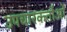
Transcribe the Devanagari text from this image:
उपचारकर्ताओं